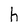
Character: h